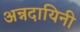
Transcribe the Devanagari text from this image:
अन्नदायिनी